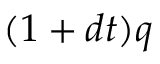
( 1 + d t ) q